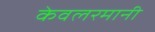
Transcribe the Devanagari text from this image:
केवलरमानी